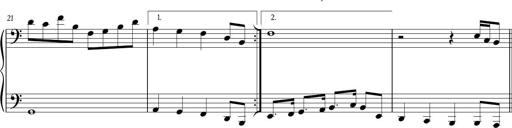
Title: Sonatina in C major
Composer: Or Vaitzman
Key: C major